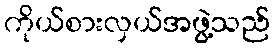
ကိုယ်စားလှယ်အဖွဲ့သည်